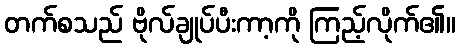
တက်စသည် ဗိုလ်ချုပ်ပီးကာ့ကို ကြည့်လိုက်၏။